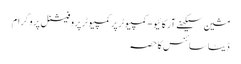
مشین سیکھنے آرکائیو - کمپیوٹر پر کمپیوٹر پروفیشنل پروگرام
ڈیٹا سائنس کا حصہ